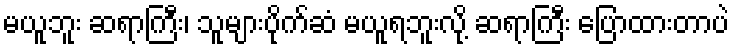
မယူဘူး ဆရာကြီး၊ သူများပိုက်ဆံ မယူရဘူးလို့ ဆရာကြီး ပြောထားတာပဲ